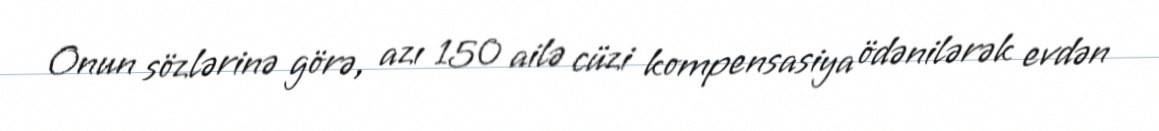
Onun sözlərinə görə, azı 150 ailə cüzi kompensasiya ödənilərək evdən